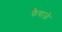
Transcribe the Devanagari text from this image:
फैयाजी